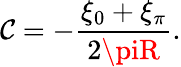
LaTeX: \mathcal{C}=-{\frac{{\xi_{0}+\xi_{\pi}}}{{2\piR}}}.